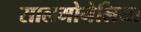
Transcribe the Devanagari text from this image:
सालमोनेलिया